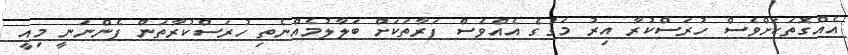
އެއްގޮތަކަށްވެސް ހުރަސްކުުރާ އިރު މަގުގެ އެއްވެސް ފަރާތަކަށް ބަލާލުމެއްނެތި ހުރަސްކުރާތަން ފެންނަނީ މިއީ